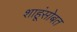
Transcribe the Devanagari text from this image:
शाहूंसोबत